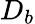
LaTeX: D_{b}